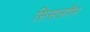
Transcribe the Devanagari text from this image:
सिसलपैन